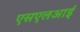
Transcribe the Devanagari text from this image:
एसएलआई